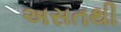
અસતથી